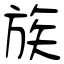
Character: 族